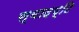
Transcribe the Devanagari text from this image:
स्वादष्टि